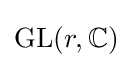
\operatorname {GL} (r,\mathbb {C} )